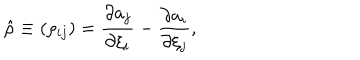
\hat { \rho } \equiv ( \rho _ { i j } ) = { \frac { \partial a _ { j } } { \partial \xi _ { i } } } - { \frac { \partial a _ { i } } { \partial \xi _ { j } } } ,